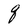
Character: q